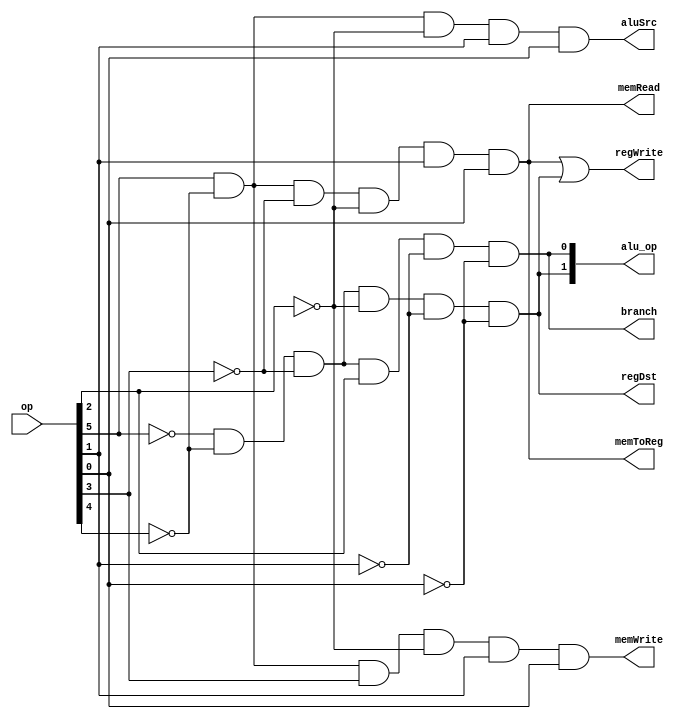
/* Generated by Yosys 0.4+19 (git sha1 abf81d7, clang 3.4-1ubuntu3 -fPIC -Os) */

(* src = "../control/control.v:1" *)
module control(op, alu_op, regDst, aluSrc, memToReg, regWrite, memRead, memWrite, branch);
  (* src = "../control/control.v:2" *)
  input [5:0] op;
  (* src = "../control/control.v:3" *)
  output [1:0] alu_op;
  (* src = "../control/control.v:4" *)
  output regDst;
  (* src = "../control/control.v:4" *)
  output aluSrc;
  (* src = "../control/control.v:4" *)
  output memToReg;
  (* src = "../control/control.v:4" *)
  output regWrite;
  (* src = "../control/control.v:5" *)
  output memRead;
  (* src = "../control/control.v:5" *)
  output memWrite;
  (* src = "../control/control.v:5" *)
  output branch;
  (* src = "../control/control.v:8" *)
  wire int0;
  (* src = "../control/control.v:8" *)
  wire op0_bar;
  (* src = "../control/control.v:8" *)
  wire op1_bar;
  (* src = "../control/control.v:8" *)
  wire op2_bar;
  (* src = "../control/control.v:8" *)
  wire op3_bar;
  (* src = "../control/control.v:8" *)
  wire op4_bar;
  (* src = "../control/control.v:8" *)
  wire op5_bar;
  (* src = "../control/control.v:17" *)
  wire _00_;
  (* src = "../control/control.v:17" *)
  wire _01_;
  (* src = "../control/control.v:17" *)
  wire _02_;
  (* src = "../control/control.v:17" *)
  wire _03_;
  (* src = "../control/control.v:18" *)
  wire _04_;
  (* src = "../control/control.v:18" *)
  wire _05_;
  (* src = "../control/control.v:20" *)
  wire _06_;
  (* src = "../control/control.v:20" *)
  wire _07_;
  (* src = "../control/control.v:20" *)
  wire _08_;
  (* src = "../control/control.v:20" *)
  wire _09_;
  (* src = "../control/control.v:22" *)
  wire _10_;
  (* src = "../control/control.v:22" *)
  wire _11_;
  (* src = "../control/control.v:22" *)
  wire _12_;
  (* src = "../control/control.v:25" *)
  wire _13_;
  (* src = "../control/control.v:25" *)
  wire _14_;
  assign op0_bar = ~op[0];
  assign op1_bar = ~op[1];
  assign op2_bar = ~op[2];
  assign op3_bar = ~op[3];
  assign op4_bar = ~op[4];
  assign op5_bar = ~op[5];
  assign _00_ = op5_bar & op4_bar;
  assign _01_ = _00_ & op3_bar;
  assign _02_ = _01_ & op[2];
  assign _03_ = _02_ & op1_bar;
  assign alu_op[0] = _03_ & op0_bar;
  assign _04_ = _01_ & op2_bar;
  assign _05_ = _04_ & op1_bar;
  assign alu_op[1] = _05_ & op0_bar;
  assign _06_ = op[5] & op4_bar;
  assign _07_ = _06_ & op3_bar;
  assign _08_ = _07_ & op2_bar;
  assign _09_ = _08_ & op[1];
  assign int0 = _09_ & op[0];
  assign _10_ = _06_ & op[3];
  assign _11_ = _10_ & op2_bar;
  assign _12_ = _11_ & op[1];
  assign memWrite = _12_ & op[0];
  assign _13_ = _06_ & op2_bar;
  assign _14_ = _13_ & op[1];
  assign aluSrc = _14_ & op[0];
  assign regWrite = int0 | alu_op[1];
  assign regDst = alu_op[1];
  assign memToReg = int0;
  assign memRead = int0;
  assign branch = alu_op[0];
endmodule